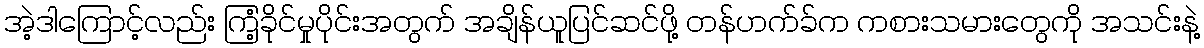
အဲ့ဒါကြောင့်လည်း ကြံ့ခိုင်မှုပိုင်းအတွက် အချိန်ယူပြင်ဆင်ဖို့ တန်ဟက်ခ်က ကစားသမားတွေကို အသင်းနဲ့